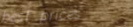
best prices